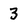
Character: 3